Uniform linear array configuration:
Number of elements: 4
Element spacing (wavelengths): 0.75
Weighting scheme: blackman
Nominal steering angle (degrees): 0
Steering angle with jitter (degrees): -0.2144
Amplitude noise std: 0.05
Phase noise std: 0.05

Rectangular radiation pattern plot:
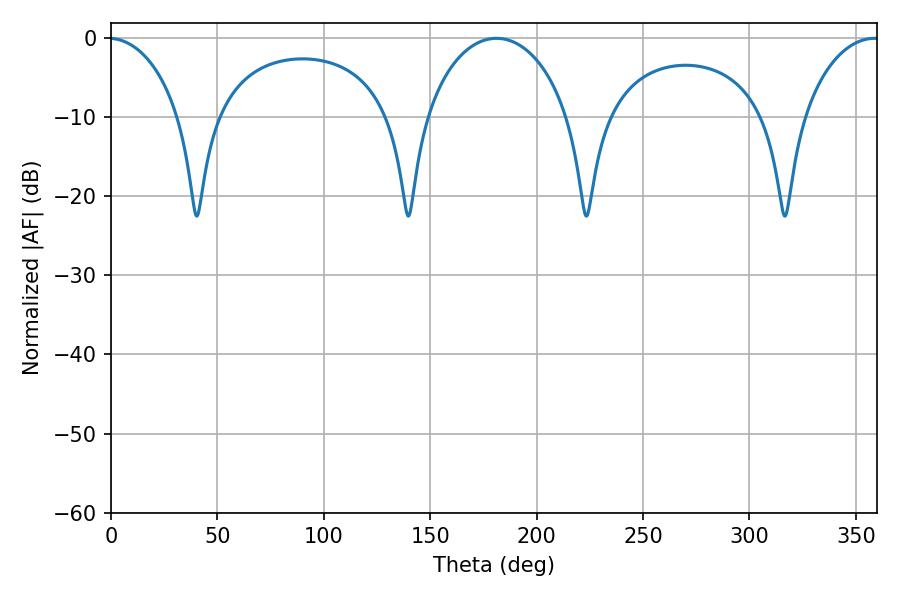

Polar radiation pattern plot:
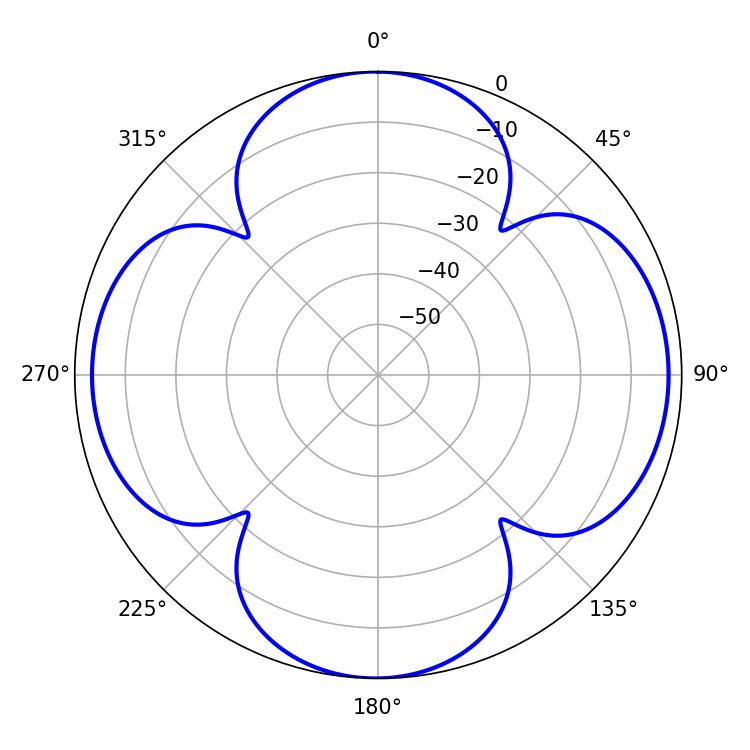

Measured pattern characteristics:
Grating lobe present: TRUE
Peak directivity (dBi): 13.83
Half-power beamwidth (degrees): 38.88
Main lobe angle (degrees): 181.08